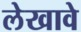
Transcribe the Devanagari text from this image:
लेखावे